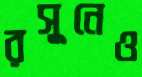
রসুনেও